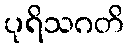
ပုရိသဂတိ